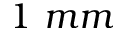
1 \ m m